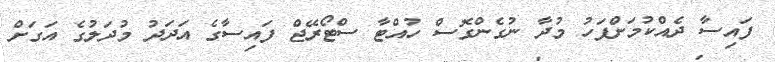
ފައިސާ ދެއްކުމަށްފަހު މުދާ ނުގެންގޮސް ހުއްޓާ ސްޓޯރޭޖް ފައިސާގެ އަދަދު މުދަލުގެ އަގަށް